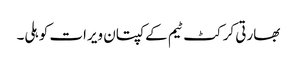
بھارتی کرکٹ ٹیم کےکپتان ویرات کوہلی۔